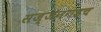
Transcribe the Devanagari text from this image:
सज्जनगडच